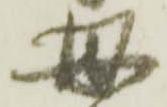
母